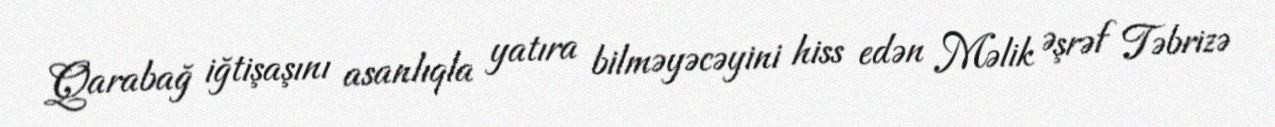
Qarabağ iğtişaşını asanlıqla yatıra bilməyəcəyini hiss edən Məlik Əşrəf Təbrizə